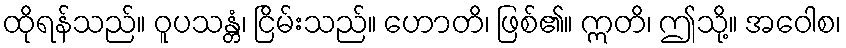
ထိုရန်သည်။ ဝူပသန္တံ၊ ငြိမ်းသည်။ ဟောတိ၊ ဖြစ်၏။ ဣတိ၊ ဤသို့။ အဝေါစ၊